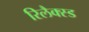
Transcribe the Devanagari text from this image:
रिलैक्स्ड